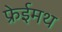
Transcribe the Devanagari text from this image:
फ्रेईमथ